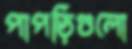
পাপড়িগুলো